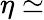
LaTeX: \eta\simeq